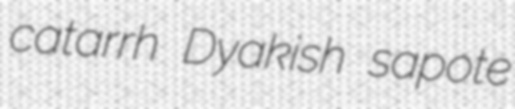
catarrh Dyakish sapote